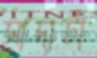
সাদাটা